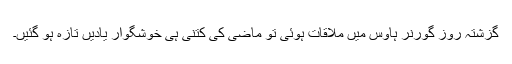
گزشتہ روز گورنر ہاؤس میں ملاقات ہوئی تو ماضی کی کتنی ہی خوشگوار یادیں تازہ ہو گئیں۔